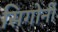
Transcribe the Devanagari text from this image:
सिगोर्नी